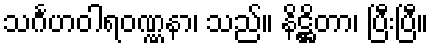
သင်္ဂဟဝါရဝဏ္ဏနာ၊ သည်။ နိဋ္ဌိတာ၊ ပြီးပြီ။